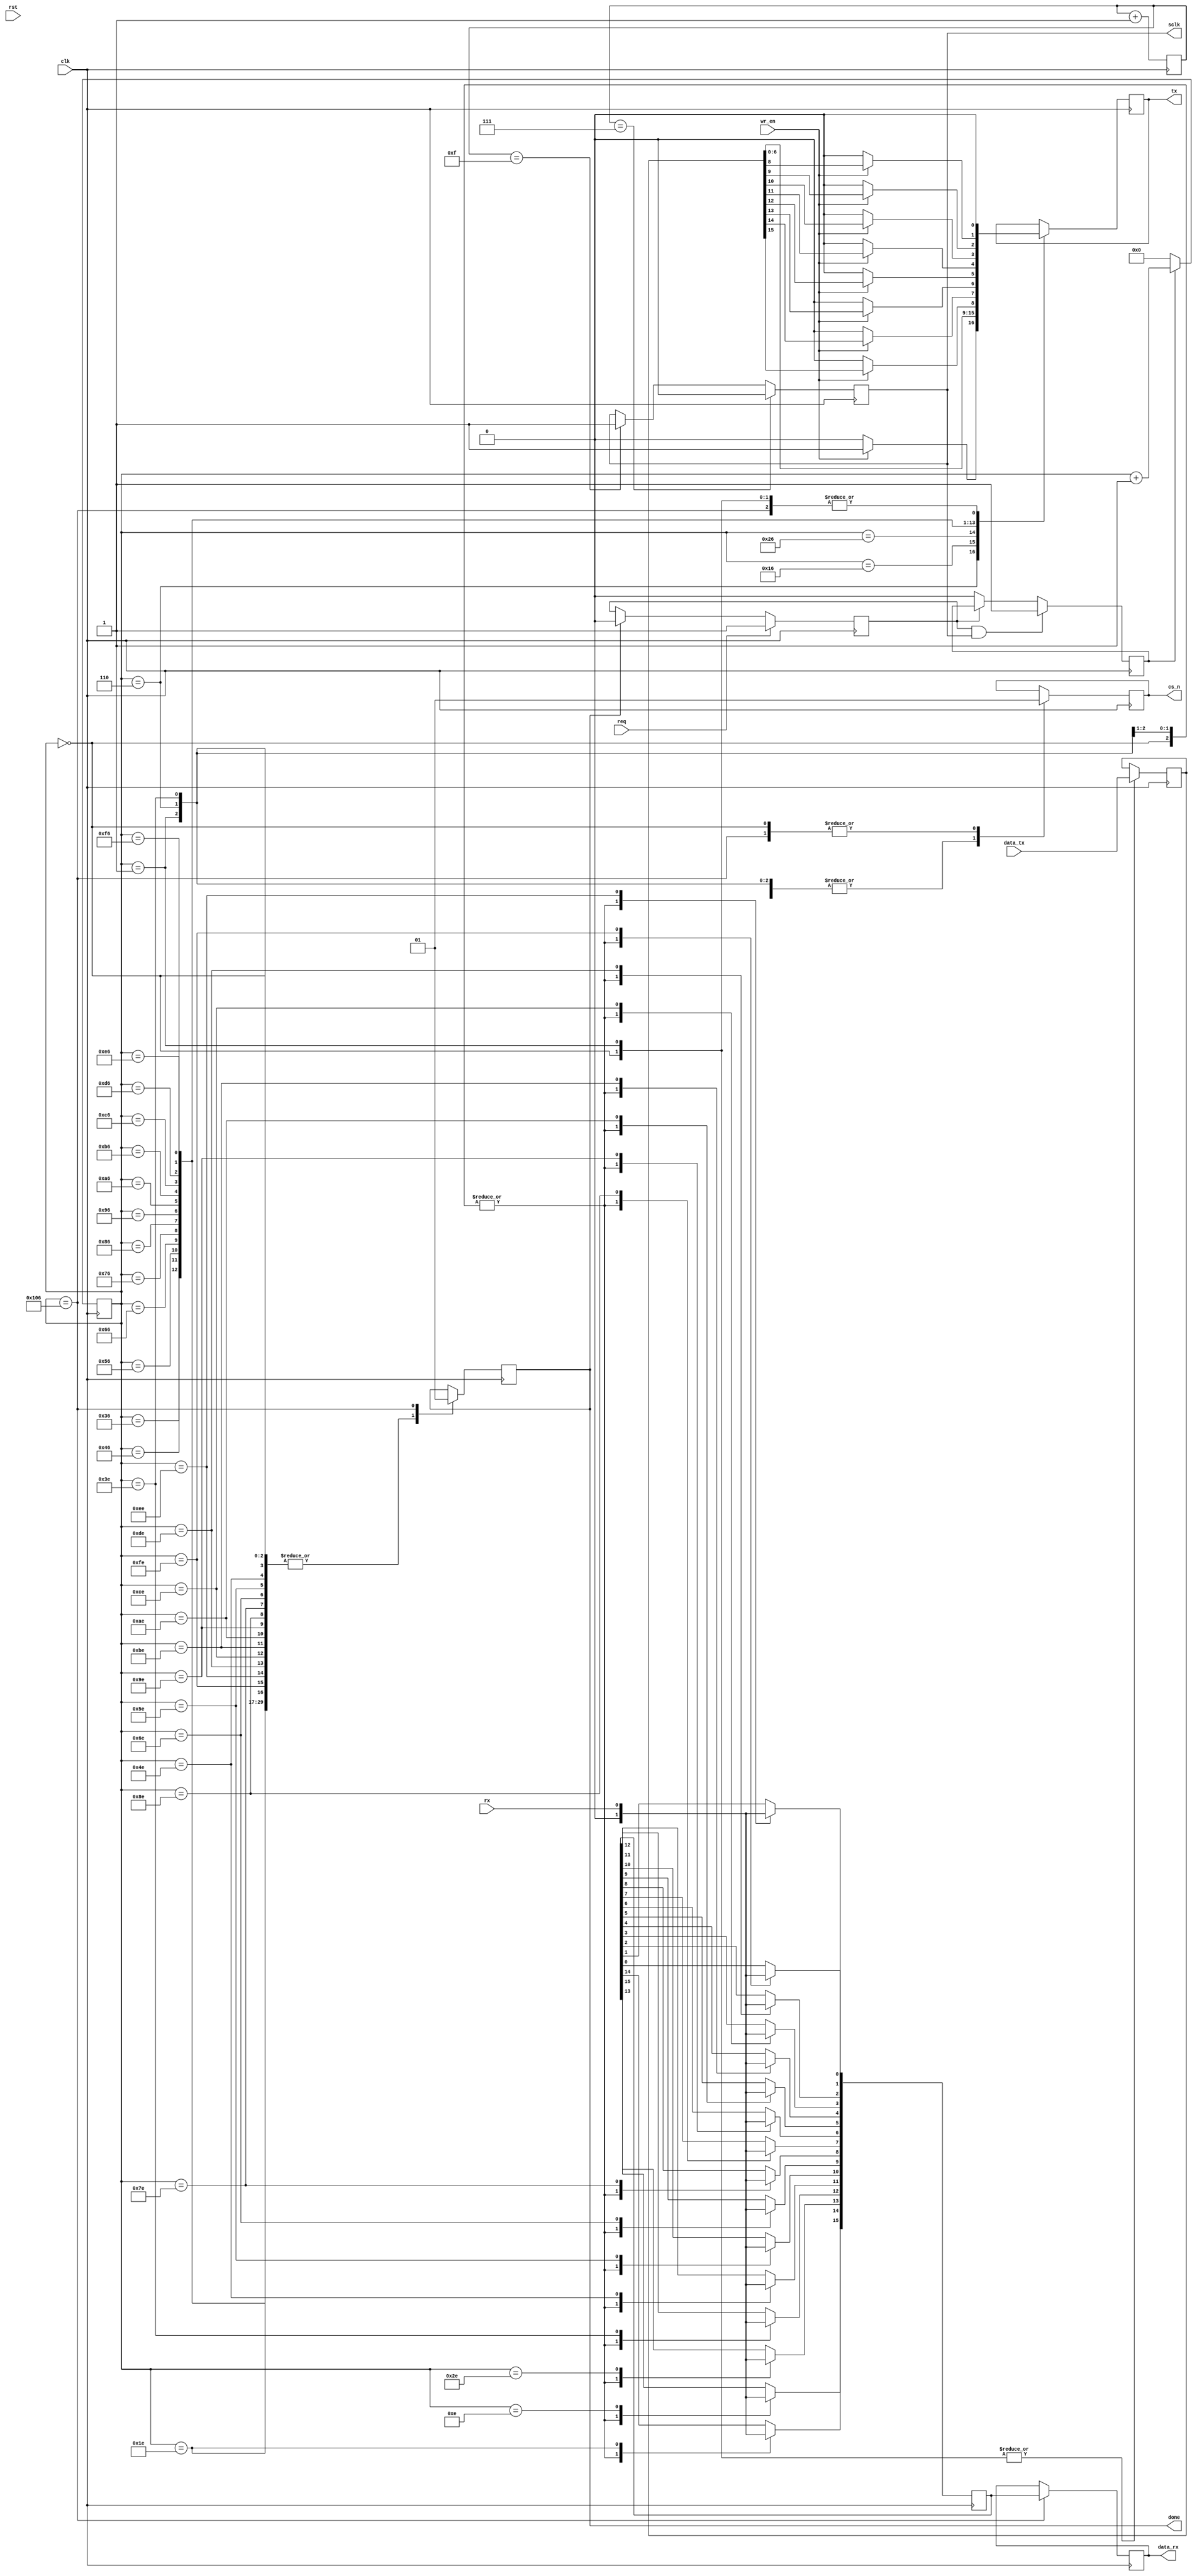
module spi_adis16445(
    input               clk,
    input               rst,
    output              sclk,
    input       [15:0]  data_tx,
    input               req,
    input               wr_en,
    output              tx,
    input               rx,
    output reg  [15:0]  data_rx,
    output              cs_n,
    output reg          done = 1'b0
);

reg sclk_reg = 1'b1;
reg clk_flag;
reg tx_reg;
reg cs_n_reg;
reg [15:0] data_rx_reg = 8'd0;
reg [15:0] data_tx_reg = 16'd0;
reg [8:0] cnt = 9'h0;
reg flag = 1'b0;
reg flag_reg = 1'b0;
reg req_d1;
wire req_reg;

reg [3:0] clk_cnt = 4'hf;
reg clk_0m96 = 1'b1;

always@(posedge clk)begin
    if(clk_cnt==4'd7)
        clk_0m96 <= 1'b0;
    else if(clk_cnt==4'd15)
        clk_0m96 <= 1'b1;
    else
        clk_0m96 <= clk_0m96;
end

always@(posedge clk)begin
    clk_cnt <= clk_cnt + 1'b1;
end

// always@(posedge clk)begin
    // req_d1 <= req;
// end

// assign req_reg = req_d1 | req;

// always@(posedge clk)begin
    // sclk_reg <= ~sclk_reg;
// end

always@(posedge clk)begin
    if(req)
        flag_reg <= 1'b1;
    else if(done)
        flag_reg <= 1'b0;
    else
        flag_reg <= flag_reg;
end

always@(posedge clk)begin
    if(flag_reg==1'b1&&clk_0m96==1'b1)
        flag <= 1'b1;
    else if(flag_reg==1'b0)
        flag <= 1'b0;
    else
        flag <= flag;
end

always@(posedge clk)begin
    if(flag==1'b1)
        cnt <= cnt + 1'b1;
    else
        cnt <= 9'b0;
end

always@(posedge clk)begin
    case(cnt)
        9'd0:begin
            clk_flag <= 1'b0;
            tx_reg <= 1'b0;
            data_rx_reg <= 8'b0;
            data_tx_reg <= data_tx;
            data_rx <= data_rx;
            done <= 1'b0;
            cs_n_reg <= 1'b1;
        end
        9'd1:begin
            clk_flag <= 1'b0;
            tx_reg <= 1'b0;
            data_rx_reg <= 8'b0;
            data_tx_reg <= data_tx;
            data_rx <= data_rx;
            done <= 1'b0;
            cs_n_reg <= 1'b0;
        end
        9'd6:begin
            clk_flag <= 1'b1;
            if(wr_en)
                tx_reg <= 1'b1;
            else
                tx_reg <= 1'b0;
            data_rx_reg <= 16'b0;
            data_tx_reg <= data_tx_reg;
            data_rx <= data_rx;
            done <= 1'b0;
            cs_n_reg <= 1'b0;
        end
        9'd14:begin
            clk_flag <= 1'b1;
            tx_reg <= tx_reg;
            data_rx_reg[15] <= rx;
            data_tx_reg <= data_tx_reg;
            data_rx <= data_rx;
            done <= 1'b0;
            cs_n_reg <= 1'b0;
        end
        9'd22:begin
            clk_flag <= 1'b1;
            tx_reg <= data_tx_reg[6];
            data_rx_reg <= data_rx_reg;
            data_tx_reg <= data_tx_reg;
            data_rx <= data_rx;
            done <= 1'b0;
            cs_n_reg <= 1'b0;
        end
        9'd30:begin
            clk_flag <= 1'b1;
            tx_reg <= tx_reg;
            data_rx_reg[14] <= rx;
            data_tx_reg <= data_tx_reg;
            data_rx <= data_rx;
            done <= 1'b0;
            cs_n_reg <= 1'b0;
        end
        9'd38:begin
            clk_flag <= 1'b1;
            tx_reg <= data_tx_reg[5];
            data_rx_reg <= data_rx_reg;
            data_tx_reg <= data_tx_reg;
            data_rx <= data_rx;
            done <= 1'b0;
            cs_n_reg <= 1'b0;
        end
        9'd46:begin
            clk_flag <= 1'b1;
            tx_reg <= tx_reg;
            data_rx_reg[13] <= rx;
            data_tx_reg <= data_tx_reg;
            data_rx <= data_rx;
            done <= 1'b0;
            cs_n_reg <= 1'b0;
        end
        9'd54:begin
            clk_flag <= 1'b1;
            tx_reg <= data_tx_reg[4];
            data_rx_reg <= data_rx_reg;
            data_tx_reg <= data_tx_reg;
            data_rx <= data_rx;
            done <= 1'b0;
            cs_n_reg <= 1'b0;
        end
        9'd62:begin
            clk_flag <= 1'b1;
            tx_reg <= tx_reg;
            data_rx_reg[12] <= rx;
            data_tx_reg <= data_tx_reg;
            data_rx <= data_rx;
            done <= 1'b0;
            cs_n_reg <= 1'b0;
        end
        9'd70:begin
            clk_flag <= 1'b1;
            tx_reg <= data_tx_reg[3];
            data_rx_reg <= data_rx_reg;
            data_tx_reg <= data_tx_reg;
            data_rx <= data_rx;
            done <= 1'b0;
            cs_n_reg <= 1'b0;
        end
        9'd78:begin
            clk_flag <= 1'b1;
            tx_reg <= tx_reg;
            data_rx_reg[11] <= rx;
            data_tx_reg <= data_tx_reg;
            data_rx <= data_rx;
            done <= 1'b0;
            cs_n_reg <= 1'b0;
        end
        9'd86:begin
            clk_flag <= 1'b1;
            tx_reg <= data_tx_reg[2];
            data_rx_reg <= data_rx_reg;
            data_tx_reg <= data_tx_reg;
            data_rx <= data_rx;
            done <= 1'b0;
            cs_n_reg <= 1'b0;
        end
        9'd94:begin
            clk_flag <= 1'b1;
            tx_reg <= tx_reg;
            data_rx_reg[10] <= rx;
            data_tx_reg <= data_tx_reg;
            data_rx <= data_rx;
            done <= 1'b0;
            cs_n_reg <= 1'b0;
        end
        9'd102:begin
            clk_flag <= 1'b1;
            tx_reg <= data_tx_reg[1];
            data_rx_reg <= data_rx_reg;
            data_tx_reg <= data_tx_reg;
            data_rx <= data_rx;
            done <= 1'b0;
            cs_n_reg <= 1'b0;
        end
        9'd110:begin
            clk_flag <= 1'b1;
            tx_reg <= tx_reg;
            data_rx_reg[9] <= rx;
            data_tx_reg <= data_tx_reg;
            data_rx <= data_rx;
            done <= 1'b0;
            cs_n_reg <= 1'b0;
        end
        9'd118:begin
            clk_flag <= 1'b1;
            tx_reg <= data_tx_reg[0];
            data_rx_reg <= data_rx_reg;
            data_tx_reg <= data_tx_reg;
            data_rx <= data_rx;
            done <= 1'b0;
            cs_n_reg <= 1'b0;
        end
        9'd126:begin
            clk_flag <= 1'b1;
            tx_reg <= tx_reg;
            data_rx_reg[8] <= rx;
            data_tx_reg <= data_tx_reg;
            data_rx <= data_rx;
            done <= 1'b0;
            cs_n_reg <= 1'b0;
        end
        9'd134:begin
            clk_flag <= 1'b1;
            if(wr_en)
                tx_reg <= data_tx_reg[15];
            else
                tx_reg <= 1'b0;
            data_rx_reg <= data_rx_reg;
            data_tx_reg <= data_tx_reg;
            data_rx <= data_rx;
            done <= 1'b0;
            cs_n_reg <= 1'b0;
        end
        9'd142:begin
            clk_flag <= 1'b1;
            tx_reg <= tx_reg;
            data_rx_reg[7] <= rx;
            data_tx_reg <= data_tx_reg;
            data_rx <= data_rx;
            done <= 1'b0;
            cs_n_reg <= 1'b0;
        end
        9'd150:begin
            clk_flag <= 1'b1;
            if(wr_en)
                tx_reg <= data_tx_reg[14];
            else
                tx_reg <= 1'b0;
            data_rx_reg <= data_rx_reg;
            data_tx_reg <= data_tx_reg;
            data_rx <= data_rx;
            done <= 1'b0;
            cs_n_reg <= 1'b0;
        end
        9'd158:begin
            clk_flag <= 1'b1;
            tx_reg <= tx_reg;
            data_rx_reg[6] <= rx;
            data_tx_reg <= data_tx_reg;
            data_rx <= data_rx;
            done <= 1'b0;
            cs_n_reg <= 1'b0;
        end
        9'd166:begin
            clk_flag <= 1'b1;
            if(wr_en)
                tx_reg <= data_tx_reg[13];
            else
                tx_reg <= 1'b0;
            data_rx_reg <= data_rx_reg;
            data_tx_reg <= data_tx_reg;
            data_rx <= data_rx;
            done <= 1'b0;
            cs_n_reg <= 1'b0;
        end
        9'd174:begin
            clk_flag <= 1'b1;
            tx_reg <= tx_reg;
            data_rx_reg[5] <= rx;
            data_tx_reg <= data_tx_reg;
            data_rx <= data_rx;
            done <= 1'b0;
            cs_n_reg <= 1'b0;
        end
        9'd182:begin
            clk_flag <= 1'b1;
            if(wr_en)
                tx_reg <= data_tx_reg[12];
            else
                tx_reg <= 1'b0;
            data_rx_reg <= data_rx_reg;
            data_tx_reg <= data_tx_reg;
            data_rx <= data_rx;
            done <= 1'b0;
            cs_n_reg <= 1'b0;
        end
        9'd190:begin
            clk_flag <= 1'b1;
            tx_reg <= tx_reg;
            data_rx_reg[4] <= rx;
            data_tx_reg <= data_tx_reg;
            data_rx <= data_rx;
            done <= 1'b0;
            cs_n_reg <= 1'b0;
        end
        9'd198:begin
            clk_flag <= 1'b1;
            if(wr_en)
                tx_reg <= data_tx_reg[11];
            else
                tx_reg <= 1'b0;
            data_rx_reg <= data_rx_reg;
            data_tx_reg <= data_tx_reg;
            data_rx <= data_rx;
            done <= 1'b0;
            cs_n_reg <= 1'b0;
        end
        9'd206:begin
            clk_flag <= 1'b1;
            tx_reg <= tx_reg;
            data_rx_reg[3] <= rx;
            data_tx_reg <= data_tx_reg;
            data_rx <= data_rx;
            done <= 1'b0;
            cs_n_reg <= 1'b0;
        end
        9'd214:begin
            clk_flag <= 1'b1;
            if(wr_en)
                tx_reg <= data_tx_reg[10];
            else
                tx_reg <= 1'b0;
            data_rx_reg <= data_rx_reg;
            data_tx_reg <= data_tx_reg;
            data_rx <= data_rx;
            done <= 1'b0;
            cs_n_reg <= 1'b0;
        end
        9'd222:begin
            clk_flag <= 1'b1;
            tx_reg <= tx_reg;
            data_rx_reg[2] <= rx;
            data_tx_reg <= data_tx_reg;
            data_rx <= data_rx;
            done <= 1'b0;
            cs_n_reg <= 1'b0;
        end
        9'd230:begin
            clk_flag <= 1'b1;
            if(wr_en)
                tx_reg <= data_tx_reg[9];
            else
                tx_reg <= 1'b0;
            data_rx_reg <= data_rx_reg;
            data_tx_reg <= data_tx_reg;
            data_rx <= data_rx;
            done <= 1'b0;
            cs_n_reg <= 1'b0;
        end
        9'd238:begin
            clk_flag <= 1'b1;
            tx_reg <= tx_reg;
            data_rx_reg[1] <= rx;
            data_tx_reg <= data_tx_reg;
            data_rx <= data_rx;
            done <= 1'b0;
            cs_n_reg <= 1'b0;
        end
        9'd246:begin
            clk_flag <= 1'b1;
            if(wr_en)
                tx_reg <= data_tx_reg[8];
            else
                tx_reg <= 1'b0;
            data_rx_reg <= data_rx_reg;
            data_tx_reg <= data_tx_reg;
            data_rx <= data_rx;
            done <= 1'b0;
            cs_n_reg <= 1'b0;
        end
        9'd254:begin
            clk_flag <= 1'b0;
            tx_reg <= tx_reg;
            data_rx_reg[0] <= rx;
            data_tx_reg <= data_tx_reg;
            data_rx <= data_rx;
            done <= 1'b0;
            cs_n_reg <= 1'b0;
        end
        9'd262:begin
            clk_flag <= 1'b0;
            tx_reg <= 1'b0;
            data_rx_reg <= data_rx_reg;
            data_tx_reg <= data_tx_reg;
            data_rx <= data_rx_reg;
            done <= 1'b1;
            cs_n_reg <= 1'b1;
        end
        default:begin
            clk_flag <= clk_flag;
            tx_reg <= tx_reg;
            data_rx_reg <= data_rx_reg;
            data_tx_reg <= data_tx_reg;
            data_rx <= data_rx;
            done <= done;
            cs_n_reg <= cs_n_reg;
        end
    endcase
end

always@(posedge clk)begin
    // tx <= tx_reg;
    //cs_n <= cs_n_reg;
end

assign tx = tx_reg;

assign cs_n = cs_n_reg;

// assign sclk = clk_flag ? clk_0m96 : 1'b1;

assign sclk = clk_0m96;

endmodule